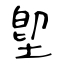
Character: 堲